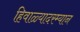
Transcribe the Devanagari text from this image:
हिवाळ्यादरम्यान